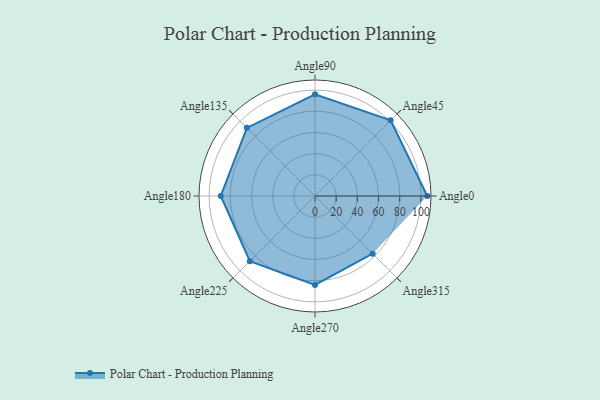
{"axis": {"x": "Angle", "y": "Radius"}, "legend": [""], "data": [{"x": "Angle0", "y": 106.0, "type": ""}, {"x": "Angle45", "y": 101.0, "type": ""}, {"x": "Angle90", "y": 96.0, "type": ""}, {"x": "Angle135", "y": 91.0, "type": ""}, {"x": "Angle180", "y": 89.0, "type": ""}, {"x": "Angle225", "y": 87.0, "type": ""}, {"x": "Angle270", "y": 84.0, "type": ""}, {"x": "Angle315", "y": 77.0, "type": ""}]}